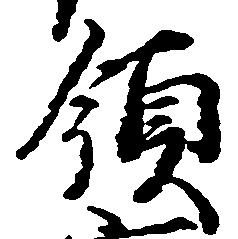
領